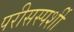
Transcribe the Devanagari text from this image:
परीसस्पर्शी